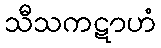
သီသကဋာဟံ